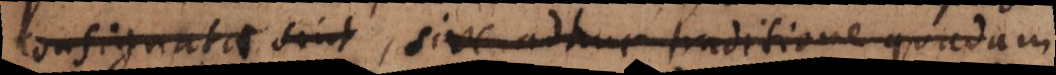
consignata sint, sive adhuc traditione quadam